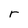
Character: r